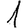
Digit: 1